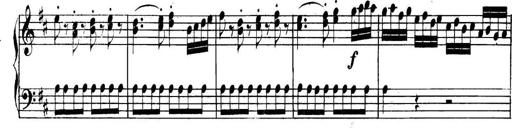
Title: Collected Piano Sonatas
Composer: Muzio Clementi